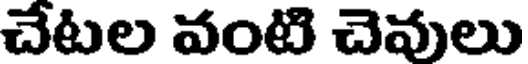
చేటల వంటి చెవులు